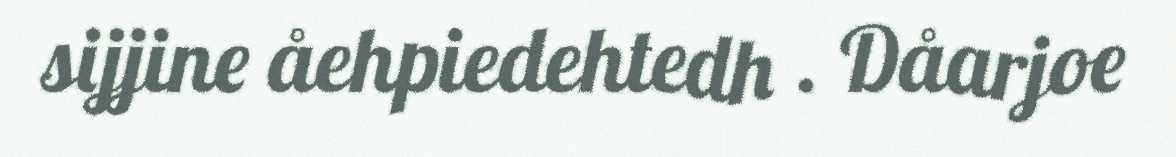
sijjine åehpiedehtedh . Dåarjoe